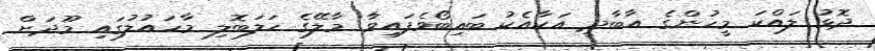
ދޮޅު ލައްކަ މީހުންގެ އާބާދީ އަކާއެކު ބައިބޯވެފައިވާ މާލޭގެ ހަލަބޮލި މާހައުލުގައި މޫދަށް